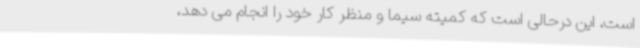
است، این درحالی است که کمیته سیما و منظر کار خود را انجام می دهد،